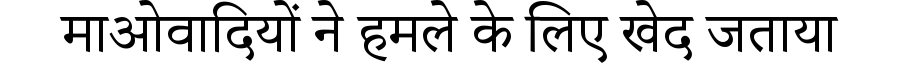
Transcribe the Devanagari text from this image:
माओवादियों ने हमले के लिए खेद जताया